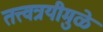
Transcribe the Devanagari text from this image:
तत्त्वत्रयीमुळे